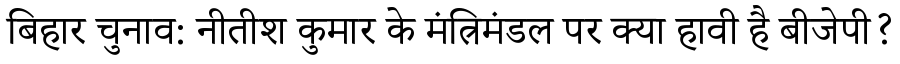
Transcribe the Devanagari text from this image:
बिहार चुनाव: नीतीश कुमार के मंत्रिमंडल पर क्या हावी है बीजेपी?